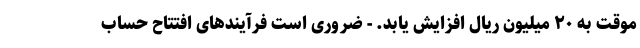
موقت به ۲۰ میلیون ریال افزایش یابد. - ضروری است فرآیندهای افتتاح حساب